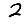
Digit: 2